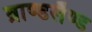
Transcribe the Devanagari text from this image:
ब्राण्डलैण्ड